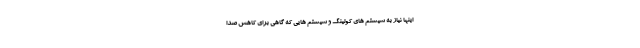
اینها نیاز به سیستم های کولینگ و سیستم هایی که گاهی برای کاهش صدا